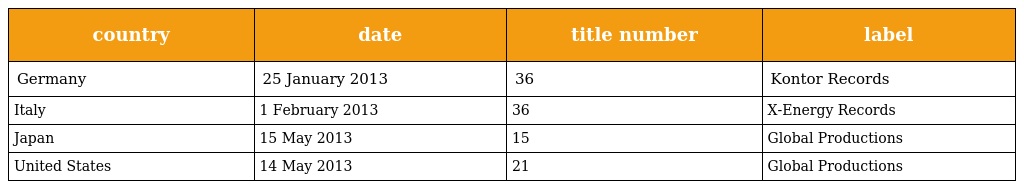
| country | date | title number | label |
 | --- | --- | --- | --- |
 | Germany | 25 January 2013 | 36 | Kontor Records |
 | Italy | 1 February 2013 | 36 | X-Energy Records |
 | Japan | 15 May 2013 | 15 | Global Productions |
 | United States | 14 May 2013 | 21 | Global Productions |